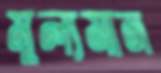
মূল্যমান